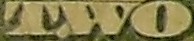
TWO